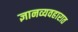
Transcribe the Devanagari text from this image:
ज्ञानव्यवहारात